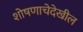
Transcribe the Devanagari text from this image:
शोषणाचेदेखील